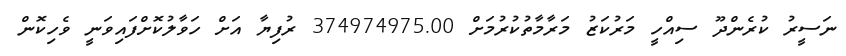
ނަސީރު ކުރެންދޫ ސިއްހީ މަރުކަޒު މަރާމާތުކުރުމަށް 374974975.00 ރުފިޔާ އަށް ހަވާލުކޮށްފައިވަނީ ވެހިކޮން